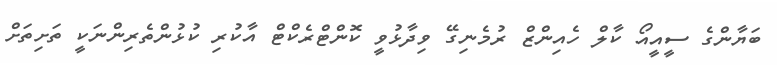
ބަޔާންގެ ސީއީއޯ ކާލް ހެއިންޒް ރުމެނިގޭ ވިދާޅުވީ ކޮންޓްރެކްޓް އާކުރި ކުޅުންތެރިންނަކީ ތަށިތަށް